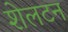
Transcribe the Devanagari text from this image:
शेलटन